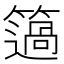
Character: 簻